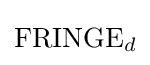
\mathrm {FRINGE} _{d}